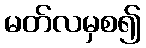
မတ်လမှစ၍